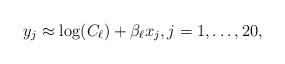
LaTeX: \begin{align*}y_j\approx\log(C_\ell)+\beta_\ell x_j, j=1,\ldots,20,\end{align*}